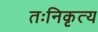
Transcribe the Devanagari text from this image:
तःनिकृत्य